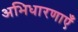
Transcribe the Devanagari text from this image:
अभिधारणाएँ